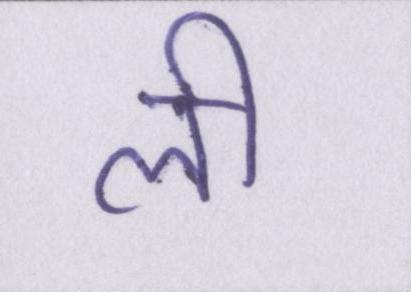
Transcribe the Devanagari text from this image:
ली